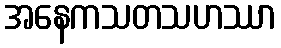
အနေကသတသဟဿာ